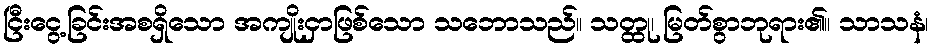
ငြီးငွေ့ခြင်းအစရှိသော အကျိုးငှာဖြစ်သော သဘောသည်။ သတ္ထု၊ မြတ်စွာဘုရား၏။ သာသနံ၊